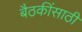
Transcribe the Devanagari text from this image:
बैठकींसाठी